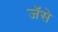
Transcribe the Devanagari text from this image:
जॅसे